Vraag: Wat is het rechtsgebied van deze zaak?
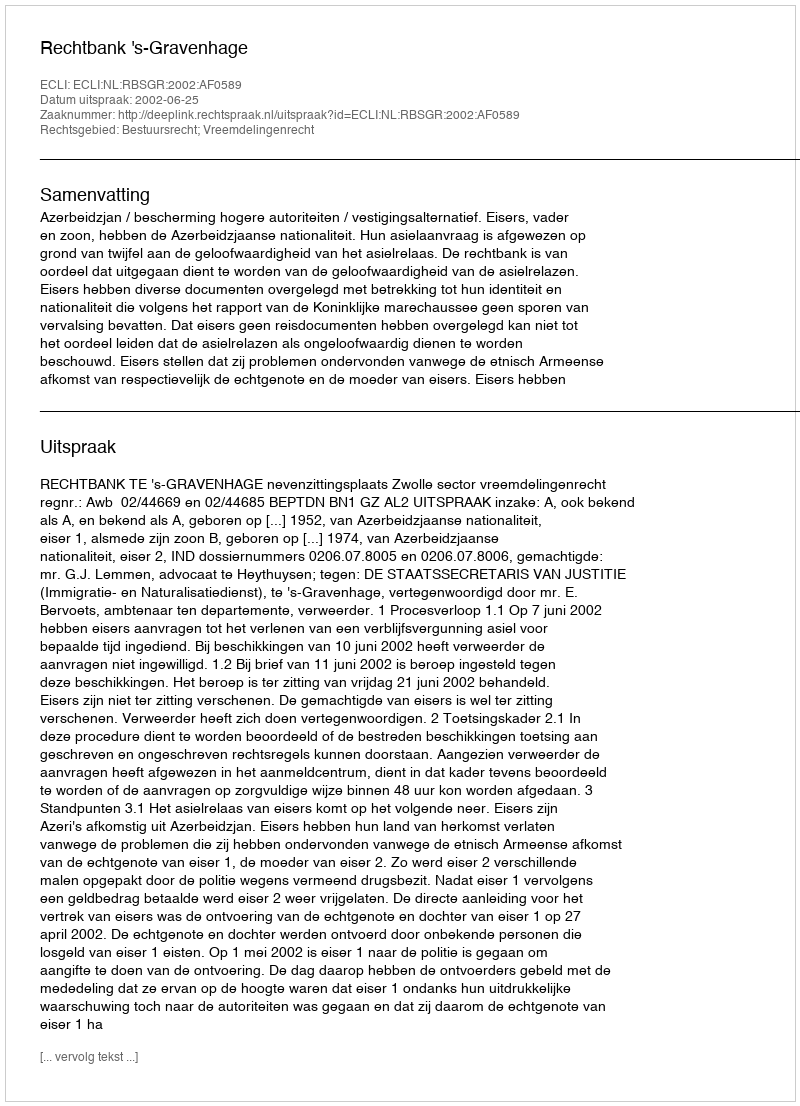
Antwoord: Bestuursrecht; Vreemdelingenrecht